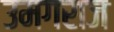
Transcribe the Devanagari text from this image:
उमगराज